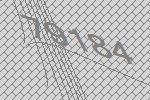
79184